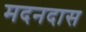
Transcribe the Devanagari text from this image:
मदनदास